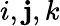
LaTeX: i,\mathbf{j},k